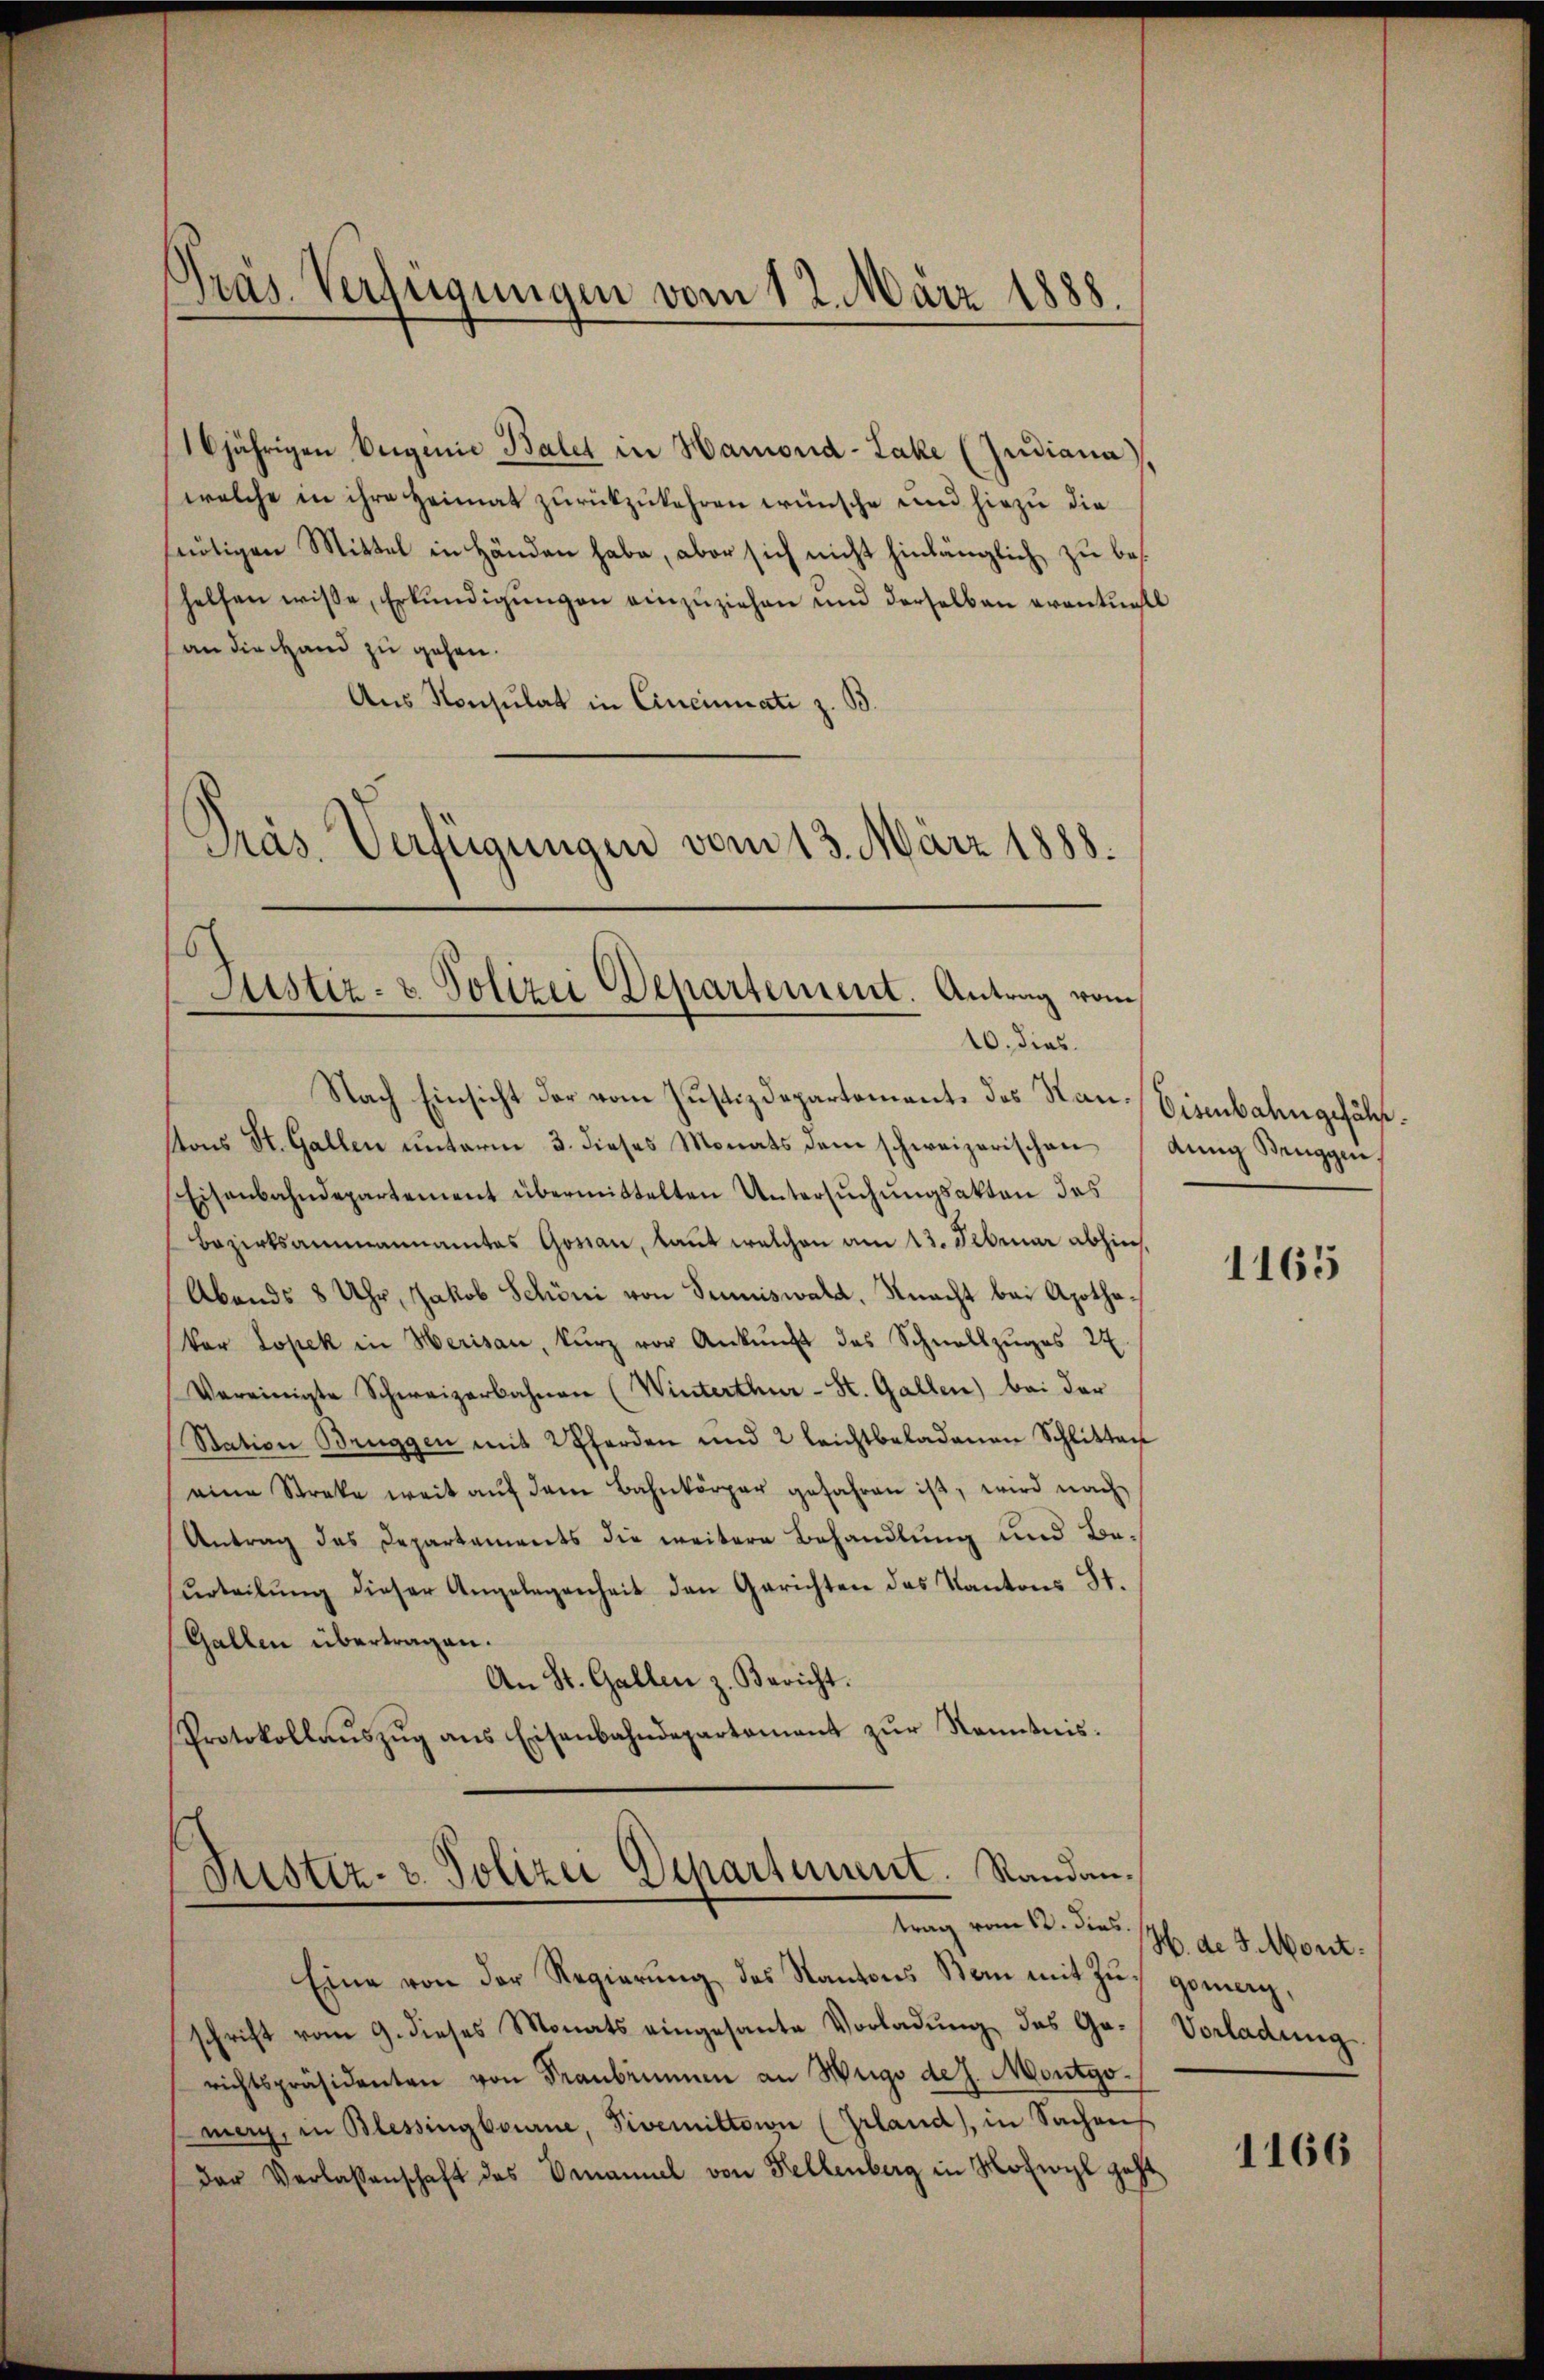
16jährigen Verginie Balet in Hamond-Lake (Zudiana,
welche in ihre Heimat zurückzukehren wünsche und hiezu die
sfertigen Mittel in Händen habe, aber sich nicht hinlänglich zu bes
helfen wisse, Erkŭndigŭngen einzŭziehen und derselben eventuell
an die Hand zu gehen.
Aus Konsulat in Cincinati z. B.
Präs. Verfügungen vom 13. März 1888.

Präs. Verfügungen vom 12. März 1888.

¬
Justiz- & Polizei Departement. Antrag vom
10. dies

Nach Einsicht der vom Justizdepartemente des Nan-Eisenbahngefällstons St. Gallen unterm 3. dieses Monats dem schweizerischen
Eisenbahndepartement übermittelten Untersŭchŭngsakten das
Bezirksammannamtes Gonau, kannt welchen am 13. Februar abhin,
Abends 8 Uhr, Jakob Schöni von Seiswald, Knacht bei Apothekar Lopek in Merisau, kurz vor Ankunft des Schnellzŭges 24
Vereinigte Schweizerbahnen (Winterthur-St. Gallen) bei der
Station Bruggen mit 2 Pferden und 2 leichtbeladenen Schlitten
eine Streke weit aŭf dem Bahnkörper gefahren ist, wird nach
Antrag des Departaments die weitere Behandlung und Beurteilŭng dieser Angelegenheit den Gerichten das Kantons St.
Gallen übertragen.
An St. Gallen z. Bericht.
Protokollaŭszŭg ans Eisenbahndepartament zŭr Kenntnis.

Justiz- u. Polizei Departement. Randantrag vom 12. dies

Eine von der Regierŭng des Kantons Ban mit Zŭg gemag,
schrift vom 9. dieses Monats eingesante Vorladung des Ga-Vorladung
richtspräsidenten von Franbrunnen an Hugo de J. Montgomerg, in Blessingbourne, sivemiltaion (Erland, in Sachens
der Verlassenschaft des Ornamuel von Kellenberg in Notwyl geht

dung Bruggen

1165

H. d. J. Mont.

1166